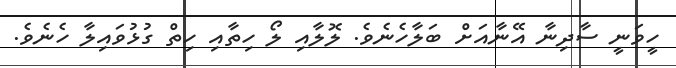
ހީވަނީ ސާދިނާ އޭނާއަށް ބަލާހެނެވެ. ލޮލާއި ލޯ ހިތާއި ހިތް ގުޅުވައިލާ ހެނެވެ.